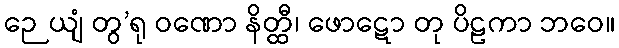
ဉေယျံ တွ’ရု ဝဏော နိတ္ထီ၊ ဖောဋော တု ပိဠကာ ဘဝေ။